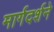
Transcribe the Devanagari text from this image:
मार्गदर्शने